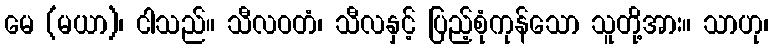
မေ (မယာ)၊ ငါသည်။ သီလဝတံ၊ သီလနှင့် ပြည့်စုံကုန်သော သူတို့အား။ သာဟု၊